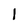
Character: 1